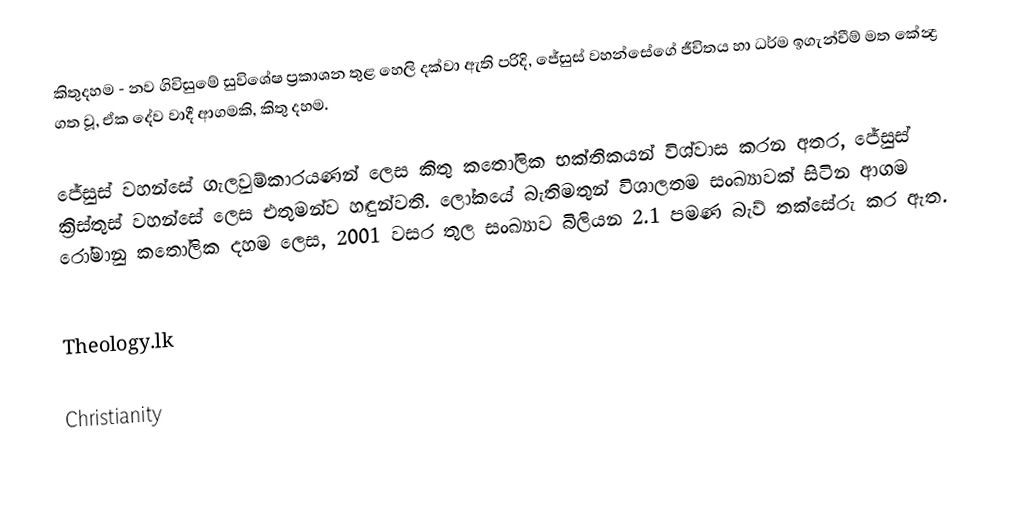
කිතුදහම - නව ගිවිසුමේ සුවිශේෂ ප්‍රකාශන තුළ හෙලි දක්වා ඇති පරිදි, ජේසුස් වහන්සේගේ ජීවිතය හා ධර්ම ඉගැන්වීම් මත කේන්‍ද්‍ර ගත වූ, ඒක දේව වාදී ආගමකි, කිතු දහම.

ජේසුස් වහන්සේ ගැලවුම්කාරයණන් ලෙස කිතු කතෝලික භක්තිකයන් විශ්වාස කරන අතර, ජේසුස් ක්‍රිස්තුස් වහන්සේ ලෙස එතුමන්ව හඳුන්වති. ලෝකයේ බැතිමතුන් විශාලතම සංඛ්‍යාවක් සිටින ආගම රෝමානු කතෝලික දහම ලෙස, 2001 වසර තුල සංඛ්‍යාව බිලියන 2.1 පමණ බැව් තක්සේරු කර ඇත.

Theology.lk

Christianity